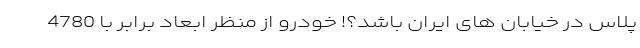
پلاس در خیابان های ایران باشد؟! خودرو از منظر ابعاد برابر با 4780